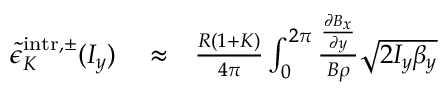
\begin{array} { r l r } { \tilde { \epsilon } _ { K } ^ { \mathrm { i n t r } , \pm } ( I _ { y } ) } & { { } \approx } & { \frac { R ( 1 + K ) } { 4 \pi } \int _ { 0 } ^ { 2 \pi } \frac { \frac { \partial B _ { x } } { \partial y } } { B \rho } \sqrt { 2 I _ { y } \beta _ { y } } } \end{array}